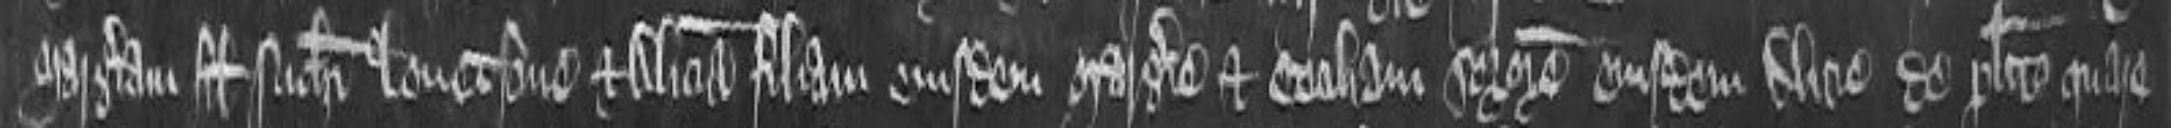
Margeriam filiam Nicholai Lovetsone et Aliciam filiam eiusdem Margerie et Ceciliam sororem eiusdem Alicie de placito quare